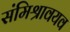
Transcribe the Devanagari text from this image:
संमिश्रावयव